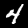
Digit: 4